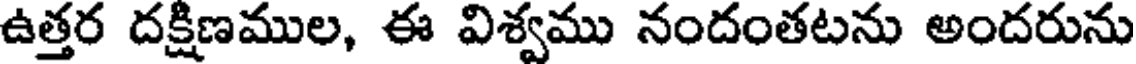
ఉత్తర దక్షిణముల, ఈ విశ్వము నందంతటను అందరును